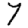
Digit: 7